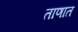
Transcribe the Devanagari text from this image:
ताणात